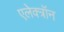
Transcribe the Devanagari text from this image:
एलेक्त्रॉन